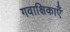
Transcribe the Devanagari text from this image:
गवाक्षिकाएँ